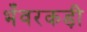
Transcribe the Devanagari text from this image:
भँवरकड़ी